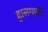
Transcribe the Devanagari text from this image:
ह्रासगामी